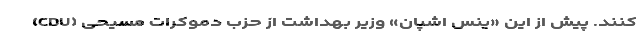
کنند. پیش از این «ینس اشپان» وزیر بهداشت از حزب دموکرات مسیحی (CDU)